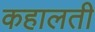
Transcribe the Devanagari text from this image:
कहालती